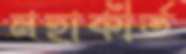
মহাকীর্ত